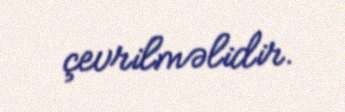
çevrilməlidir.